Civil Veterinary Dept. Assam report 1927-50 - 1927-1950
Year: 1927
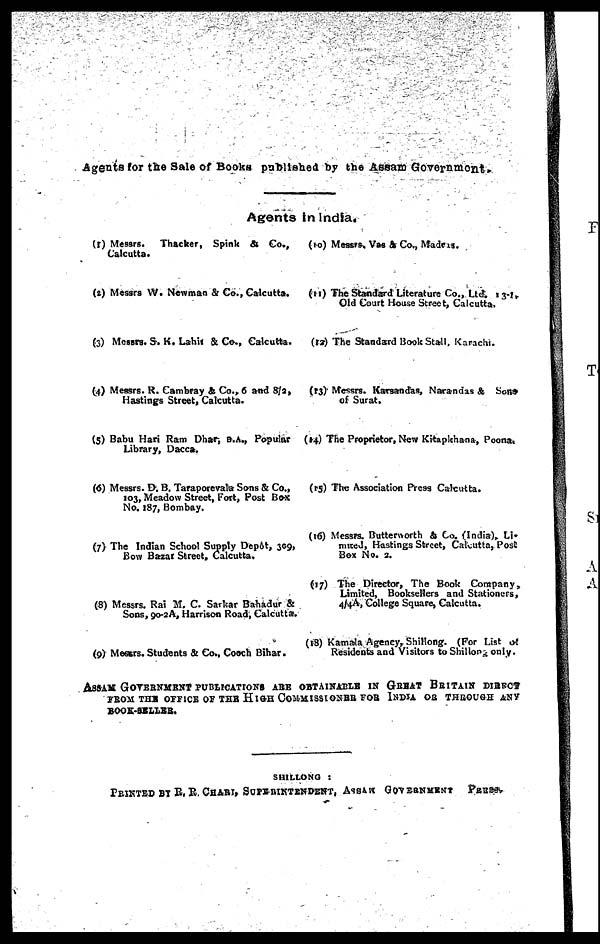
Agents for the Sale of Books published by the Assam Government.
Agents in India.
(1) Messrs. Thacker, Spink & Co.,
Calcutta.
(2) Messrs W. Newman & Co., Calcutta.
(3) Messrs. S. K. Lahit & Co., Calcutta.
(4) Messrs. R. Cambray & Co., 6 and 8/2,
Hastings Street, Calcutta.
(5) Babu Hari Ram Dhar, B.A., Popular
Library, Dacca.
(6) Messrs. D. B. Taraporevala Sons & Co.,
103, Meadow Street, Fort, Post Box
No. 187, Bombay.
(7) The Indian School Supply Depôt, 309,
Bow Bazar Street, Calcutta.
(8) Messrs. Rai M. C. Sarkar Bahadur &
Sons, 90-2A, Harrison Road, Calcutta.
(9) Messrs. Students & Co., Coach Bihar.
(10) Messrs, Vas & Co., Madras.
(11) The Standard Literature Co., Ltd. 13-1,
Old Court House Street, Calcutta.
(12) The Standard Book Stall, Karachi.
(13) Messrs. Karsandas, Narandas & Sons
of Surat.
(14) The Proprietor, New Kitapkhana, Poona.
(15) The Association Press Calcutta.
(16) Messrs. Butterworth & Co. (India), Li-
mited, Hastings Street, Calcutta, Post
Box No. 2.
(17) The Director, The Book Company,
Limited, Booksellers and Stationers,
4/4A, College Square, Calcutta.
(18) Kamala Agency, Shillong. (For List of
Residents and Visitors to Shillong only.
ASSAM GOVERNMENT PUBLICATIONS ARE OBTAINABLE IN GREAT BRITAIN DIRECT
FROM THE OFFICE OF THE HIGH COMMISSIONER FOR INDIA OR THROUGH ANY
BOOK-SELLER.
SUILLONG :
PRINTED BY R. R. CHART, SUPERINTENDENT, ASSAM GOVERNMENT PRESS.